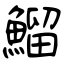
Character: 鰡